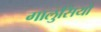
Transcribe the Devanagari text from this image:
गालुसियो